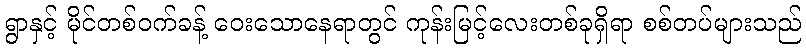
ရွာနှင့် မိုင်တစ်ဝက်ခန့် ဝေးသောနေရာတွင် ကုန်းမြင့်လေးတစ်ခုရှိရာ စစ်တပ်များသည်